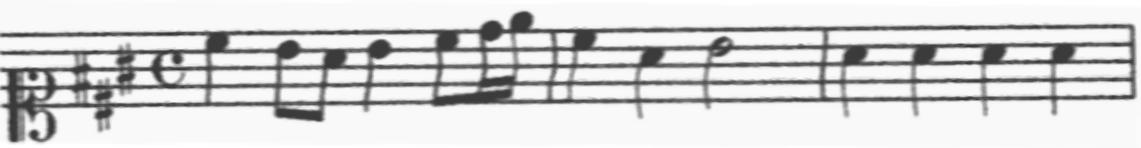
Transcription: clef-C1 keySignature-AM timeSignature-C note-C#5_quarter note-B4_eighth note-A4_eighth note-B4_quarter note-C#5_eighth note-D5_sixteenth note-E5_sixteenth barline note-C#5_quarter note-A4_quarter note-B4_half barline note-A4_quarter note-A4_quarter note-A4_quarter note-A4_quarter barline